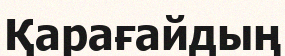
Қарағайдың